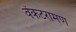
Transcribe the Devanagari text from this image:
वेंकटरामण